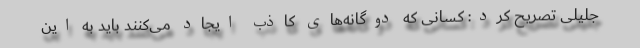
جلیلی تصریح کرد: کسانی که دوگانه‌های کاذب ایجاد می‌کنند باید به این